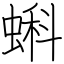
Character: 蝌